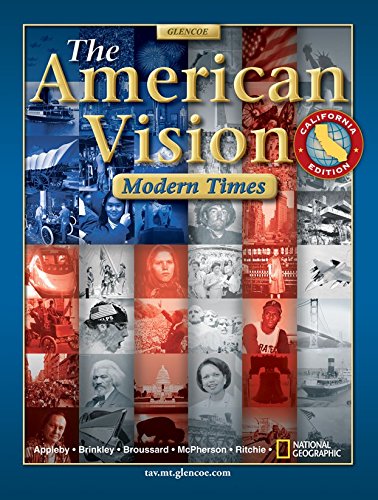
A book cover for The American Vision, Modern Times, CA, Student Edition; McGraw-Hill Education; Teen & Young Adult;